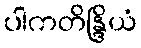
ပါကတိန္ဒြိယံ